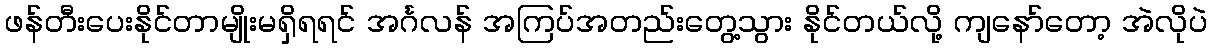
ဖန်တီးပေးနိုင်တာမျိုးမရှိရရင် အင်္ဂလန် အကြပ်အတည်းတွေ့သွား နိုင်တယ်လို့ ကျနော်တော့ အဲလိုပဲ